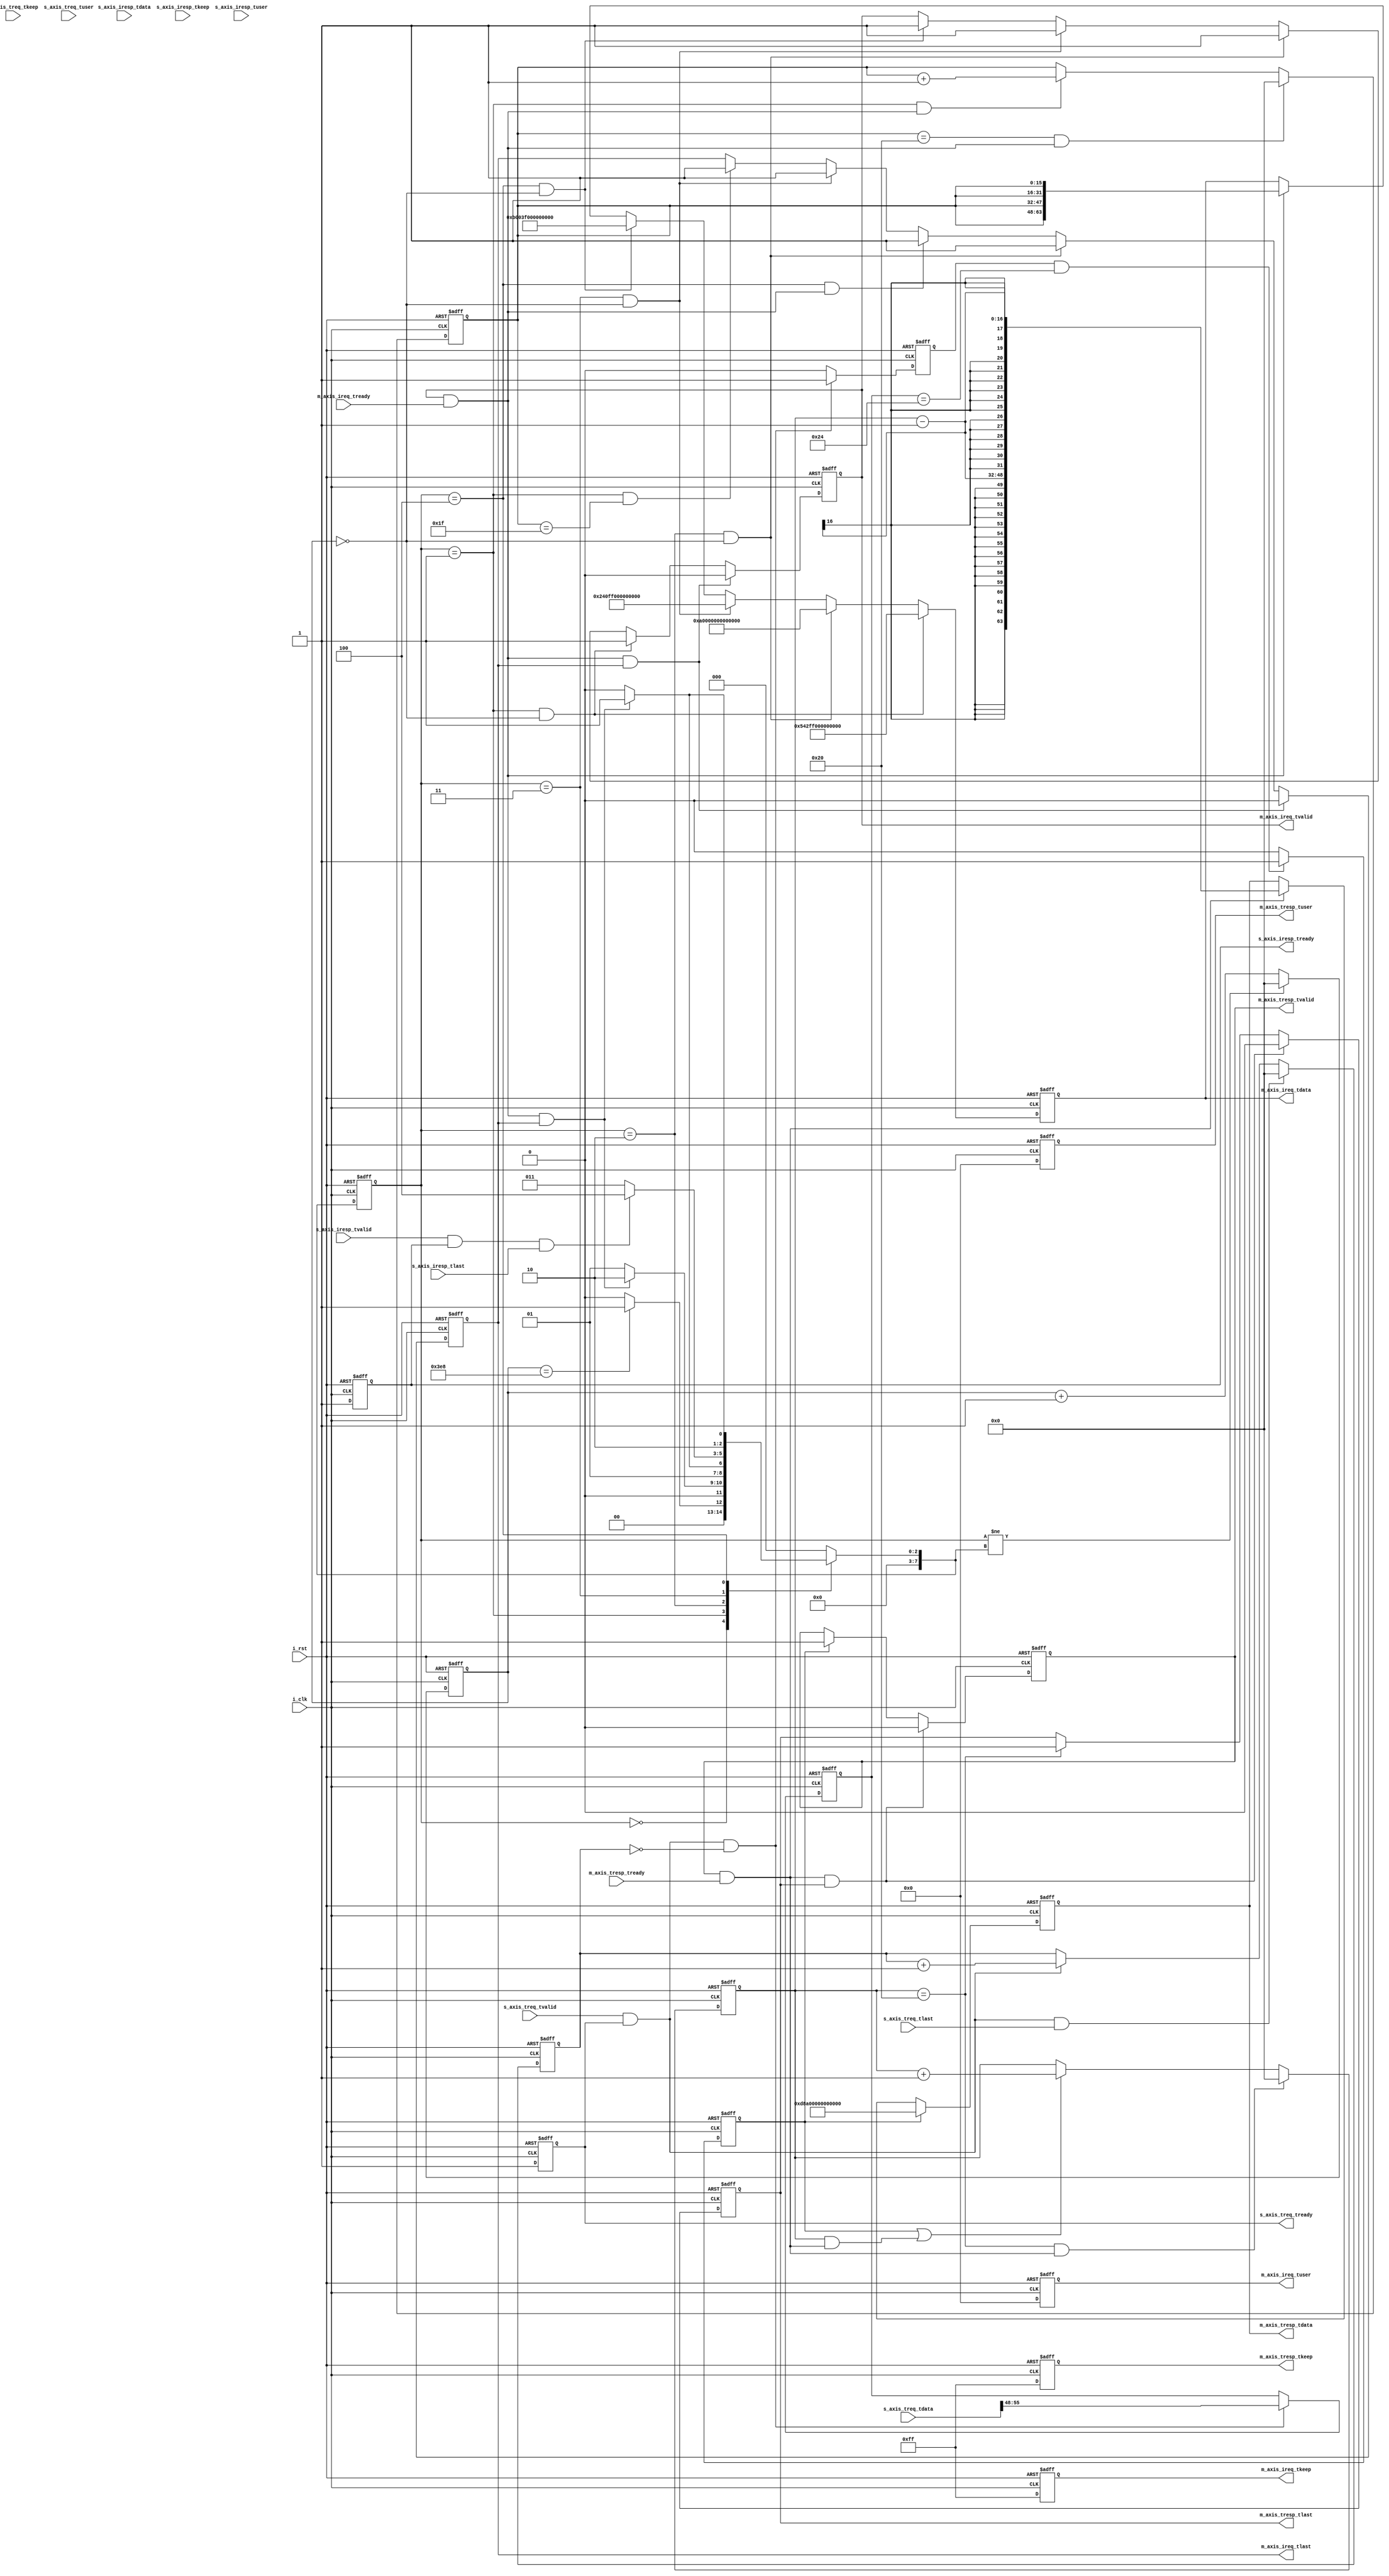
module SRIO_engine(
    input               i_clk                   ,
    input               i_rst                   ,

    output              m_axis_ireq_tvalid      , 
    input               m_axis_ireq_tready      , 
    output              m_axis_ireq_tlast       , 
    output [63:0]       m_axis_ireq_tdata       , 
    output [7 :0]       m_axis_ireq_tkeep       , 
    output [31:0]       m_axis_ireq_tuser       , 
    input               s_axis_iresp_tvalid     , 
    output              s_axis_iresp_tready     , 
    input               s_axis_iresp_tlast      , 
    input  [63:0]       s_axis_iresp_tdata      , 
    input  [7 :0]       s_axis_iresp_tkeep      , 
    input  [31:0]       s_axis_iresp_tuser      , 

    input               s_axis_treq_tvalid      , 
    output              s_axis_treq_tready      , 
    input               s_axis_treq_tlast       , 
    input  [63:0]       s_axis_treq_tdata       , 
    input  [7 :0]       s_axis_treq_tkeep       , 
    input  [31:0]       s_axis_treq_tuser       , 
    output              m_axis_tresp_tvalid     , 
    input               m_axis_tresp_tready     , 
    output              m_axis_tresp_tlast      , 
    output [63:0]       m_axis_tresp_tdata      , 
    output [7 :0]       m_axis_tresp_tkeep      , 
    output [31:0]       m_axis_tresp_tuser       
);
/******************************function*****************************/

/******************************parameter****************************/

/******************************mechine******************************/
localparam              P_ST_IDLE           = 0 ,
                        P_ST_WRITE          = 1 ,
                        P_ST_DB             = 2 ,
                        P_ST_READ           = 3 ,
                        P_ST_MESSAGE        = 4 ,
                        P_ST_END            = 5 ;

reg  [7 :0]             r_st_current            ;
reg  [7 :0]             r_st_next               ;
reg  [15:0]             r_st_cnt                ;
/******************************reg**********************************/
reg                     rm_axis_ireq_tvalid     ;
reg                     rm_axis_ireq_tlast      ;
reg  [63:0]             rm_axis_ireq_tdata      ;
reg  [7 :0]             rm_axis_ireq_tkeep      ;
reg  [31:0]             rm_axis_ireq_tuser      ;
reg                     rs_axis_iresp_tready    ;
reg                     rs_axis_treq_tready     ;
reg                     rm_axis_tresp_tvalid    ;
reg                     rm_axis_tresp_tlast     ;
reg  [63:0]             rm_axis_tresp_tdata     ;
reg  [7 :0]             rm_axis_tresp_tkeep     ;
reg  [31:0]             rm_axis_tresp_tuser     ;
reg  [15:0]             r_pkt_cnt               ;
reg  [7 :0]             r_read_cmd              ;
reg                     r_read_cmd_valid        ;
reg                     r_read_triger           ;
reg  [15:0]             r_treq_cnt              ;
reg  [15:0]             r_read_cnt              ;
/******************************wire*********************************/
wire                    w_m_axis_ireq_act       ;
wire                    w_s_axis_iresp_act      ;
wire                    w_s_axis_treq_act       ;
wire                    w_m_axis_tresp_act      ;
/******************************component****************************/

/******************************assign*******************************/
assign m_axis_ireq_tvalid  = rm_axis_ireq_tvalid    ;
assign m_axis_ireq_tlast   = rm_axis_ireq_tlast     ;
assign m_axis_ireq_tdata   = rm_axis_ireq_tdata     ;
assign m_axis_ireq_tkeep   = rm_axis_ireq_tkeep     ;
assign m_axis_ireq_tuser   = rm_axis_ireq_tuser     ;
assign s_axis_iresp_tready = rs_axis_iresp_tready   ;
assign s_axis_treq_tready  = rs_axis_treq_tready    ;
assign m_axis_tresp_tvalid = rm_axis_tresp_tvalid   ;
assign m_axis_tresp_tlast  = rm_axis_tresp_tlast    ;
assign m_axis_tresp_tdata  = rm_axis_tresp_tdata    ;
assign m_axis_tresp_tkeep  = rm_axis_tresp_tkeep    ;
assign m_axis_tresp_tuser  = rm_axis_tresp_tuser    ;
assign w_m_axis_ireq_act   = m_axis_ireq_tvalid & m_axis_ireq_tready;
assign w_s_axis_iresp_act  = s_axis_iresp_tvalid & s_axis_iresp_tready;
assign w_s_axis_treq_act   = s_axis_treq_tvalid & s_axis_treq_tready;
assign w_m_axis_tresp_act  = m_axis_tresp_tvalid & m_axis_tresp_tready;
/******************************always*******************************/
always@(posedge i_clk,posedge i_rst) 
begin
    if(i_rst) 
        r_st_current <= P_ST_IDLE;
    else 
        r_st_current <= r_st_next;
end

always@(*)
begin
    case(r_st_current)
        P_ST_IDLE       :r_st_next <= r_st_cnt == 1000                          ? P_ST_WRITE    : P_ST_IDLE     ;
        P_ST_WRITE      :r_st_next <= w_m_axis_ireq_act & rm_axis_ireq_tlast    ? P_ST_DB       : P_ST_WRITE    ;
        P_ST_DB         :r_st_next <= w_m_axis_ireq_act & rm_axis_ireq_tlast    ? P_ST_READ     : P_ST_DB       ;
        P_ST_READ       :r_st_next <= w_s_axis_iresp_act & s_axis_iresp_tlast   ? P_ST_MESSAGE  : P_ST_READ     ;
        P_ST_MESSAGE    :r_st_next <= w_m_axis_ireq_act & rm_axis_ireq_tlast    ? P_ST_END      : P_ST_MESSAGE  ;
        P_ST_END        :r_st_next <= P_ST_IDLE;
        default         :r_st_next <= P_ST_IDLE;
    endcase 
end

always@(posedge i_clk,posedge i_rst)
begin
    if(i_rst)
        r_st_cnt <= 'd0;
    else if(r_st_current != r_st_next)
        r_st_cnt <= 'd0;
    else 
        r_st_cnt <= r_st_cnt + 1;
end

//======================Initiator===========================//
//组包逻辑
always@(posedge i_clk,posedge i_rst)
begin
    if(i_rst)
        rs_axis_treq_tready <= 'd0;
    else 
        rs_axis_treq_tready <= 'd1;
end

always@(posedge i_clk,posedge i_rst)
begin
    if(i_rst)
        rs_axis_iresp_tready <= 'd0;
    else 
        rs_axis_iresp_tready <= 'd1;
end

always@(posedge i_clk,posedge i_rst)
begin
    if(i_rst)
        rm_axis_ireq_tvalid <= 'd0;
    else if(w_m_axis_ireq_act && rm_axis_ireq_tlast)
        rm_axis_ireq_tvalid <= 'd0;
    else if(r_st_current == P_ST_WRITE && r_st_cnt == 0)
        rm_axis_ireq_tvalid <= 'd1;
    else if(r_st_current == P_ST_DB && r_st_cnt == 0)
        rm_axis_ireq_tvalid <= 'd1;
    else if(r_st_current == P_ST_READ && r_st_cnt == 0)
        rm_axis_ireq_tvalid <= 'd1;
    else if(r_st_current == P_ST_MESSAGE && r_st_cnt == 0)
        rm_axis_ireq_tvalid <= 'd1;
    else 
        rm_axis_ireq_tvalid <= rm_axis_ireq_tvalid;
end

always@(posedge i_clk,posedge i_rst)
begin
    if(i_rst)
        rm_axis_ireq_tlast <= 'd0;
    else if(w_m_axis_ireq_act && rm_axis_ireq_tlast)
        rm_axis_ireq_tlast <= 'd0;
    else if(r_st_current == P_ST_DB && r_st_cnt == 0)
        rm_axis_ireq_tlast <= 'd1;
    else if(r_st_current == P_ST_MESSAGE && w_m_axis_ireq_act)
        rm_axis_ireq_tlast <= 'd1;
    else if(r_st_current == P_ST_READ && r_st_cnt == 0)
        rm_axis_ireq_tlast <= 'd1;
    else if(r_st_current == P_ST_WRITE && r_pkt_cnt == 32 - 1)
        rm_axis_ireq_tlast <= 'd1;
    else 
        rm_axis_ireq_tlast <= rm_axis_ireq_tlast;
end

always@(posedge i_clk,posedge i_rst)
begin
    if(i_rst)
        rm_axis_ireq_tdata <= 'd0;
    else if(r_st_current == P_ST_WRITE && r_st_cnt == 0)
        rm_axis_ireq_tdata <=  {8'd0,4'b0101,4'b0100,1'b0,2'b1,1'b0,8'd255,2'b0,34'd0};
    else if(r_st_current == P_ST_DB && r_st_cnt == 0)
        rm_axis_ireq_tdata <= {8'd0,4'b1010,4'd0,1'b0,2'b0,1'b0,8'd0,2'b0,2'b0,8'd0,8'd0,16'd0};
    else if(r_st_current == P_ST_READ && r_st_cnt == 0)
        rm_axis_ireq_tdata <= {8'd0,4'b0010,4'd4,1'b0,2'b0,1'b0,8'd255,2'b0,34'd0};
    else if(r_st_current == P_ST_MESSAGE && r_st_cnt == 0)
        rm_axis_ireq_tdata <= {4'd0,4'd0,4'b1011,4'd0,1'b0,2'b0,1'b0,8'd63,2'b0,34'd0};
    else if(w_m_axis_ireq_act)
        case(r_pkt_cnt)
            0       :rm_axis_ireq_tdata <= {4{r_pkt_cnt}};
            default :rm_axis_ireq_tdata <= {4{r_pkt_cnt}};
        endcase 
    else 
        rm_axis_ireq_tdata <= rm_axis_ireq_tdata;
end

always@(posedge i_clk,posedge i_rst)
begin
    if(i_rst)
        r_pkt_cnt <= 'd0;
    else if(r_pkt_cnt == 32 && w_m_axis_ireq_act)
        r_pkt_cnt <= 'd0;
    else if(r_st_current == P_ST_WRITE && w_m_axis_ireq_act)
        r_pkt_cnt <= r_pkt_cnt + 1;
    else 
        r_pkt_cnt <= r_pkt_cnt;
end

always@(posedge i_clk,posedge i_rst)
begin
    if(i_rst)
        rm_axis_ireq_tkeep <= 8'hff;
    else 
        rm_axis_ireq_tkeep <= 8'hff;
end     
 
always@(posedge i_clk,posedge i_rst)
begin
    if(i_rst)
        rm_axis_ireq_tuser <= 'd0;
    else 
        rm_axis_ireq_tuser <= 'd0;
end

//==================================Target===========================//
always@(posedge i_clk,posedge i_rst)
begin
    if(i_rst)
        r_treq_cnt <= 'd0;
    else if(w_s_axis_treq_act && s_axis_treq_tlast)
        r_treq_cnt <= 'd0;
    else if(w_s_axis_treq_act)
        r_treq_cnt <= r_treq_cnt + 1;
    else 
        r_treq_cnt <= r_treq_cnt;
end

always@(posedge i_clk,posedge i_rst)
begin
    if(i_rst)
        r_read_cmd <= 'd0;
    else if(w_s_axis_treq_act && r_treq_cnt == 0)
        r_read_cmd <= s_axis_treq_tdata[55:48];
    else 
        r_read_cmd <= r_read_cmd;
end

always@(posedge i_clk,posedge i_rst)
begin
    if(i_rst)
        r_read_cmd_valid <= 'd0;
    else if(w_s_axis_treq_act && r_treq_cnt == 0)
        r_read_cmd_valid <= 'd1;
    else 
        r_read_cmd_valid <= 'd0;
end


always@(posedge i_clk,posedge i_rst)
begin
    if(i_rst)
        r_read_triger <= 'd0;
    else if(r_read_cmd_valid && r_read_cmd == {4'b0010,4'd4})
        r_read_triger <= 'd1;
    else 
        r_read_triger <= 'd0;
end

/*----带数据的响应报文----*/
always@(posedge i_clk,posedge i_rst)
begin
    if(i_rst)
        rm_axis_tresp_tvalid <= 'd0;
    else if(w_m_axis_tresp_act && rm_axis_tresp_tlast)
        rm_axis_tresp_tvalid <= 'd0;
    else if(r_read_triger)
        rm_axis_tresp_tvalid <= 'd1;
    else
        rm_axis_tresp_tvalid <= rm_axis_tresp_tvalid;
end

 
always@(posedge i_clk,posedge i_rst)
begin
    if(i_rst)
        rm_axis_tresp_tlast <= 'd0;
    else if(w_m_axis_tresp_act && rm_axis_tresp_tlast)
        rm_axis_tresp_tlast <= 'd0;
    else if(r_read_cnt == 32 - 0)
        rm_axis_tresp_tlast <= 'd1;
    else
        rm_axis_tresp_tlast <= rm_axis_tresp_tlast;
end
 
always@(posedge i_clk,posedge i_rst)
begin
    if(i_rst)
        rm_axis_tresp_tdata <= 'd0;
    else if(r_read_triger)
        rm_axis_tresp_tdata <= {8'd0,4'b1101,4'b1000,1'b1,2'd1,1'b0,8'd0,2'd0,34'd0};
    else if(w_m_axis_tresp_act)
        rm_axis_tresp_tdata <= {4{r_read_cnt - 1}};
    else
        rm_axis_tresp_tdata <= rm_axis_tresp_tdata;
end

always@(posedge i_clk,posedge i_rst)
begin
    if(i_rst)
        r_read_cnt <= 'd0;
    else if(r_read_cnt == 32 && w_m_axis_tresp_act)
        r_read_cnt <= 'd0;
    else if(r_read_triger || (r_read_cnt && w_m_axis_tresp_act))
        r_read_cnt <= r_read_cnt + 1;
    else 
        r_read_cnt <= r_read_cnt;
end

always@(posedge i_clk,posedge i_rst)
begin
    if(i_rst)
        rm_axis_tresp_tkeep <= 'd0;
    else
        rm_axis_tresp_tkeep <= 8'hff;
end
 
always@(posedge i_clk,posedge i_rst)
begin
    if(i_rst)
        rm_axis_tresp_tuser <= 'd0;
    else
        rm_axis_tresp_tuser <= 'd0;
end     




endmodule